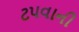
ટપવાની